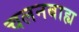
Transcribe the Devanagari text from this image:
चलनबाह्य